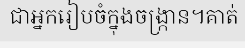
ជាអ្នករៀបចំក្នុងចង្ក្រាន។គាត់